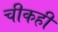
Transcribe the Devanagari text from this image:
चीकही